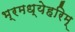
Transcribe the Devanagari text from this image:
भ्रमध्येहरिम्